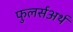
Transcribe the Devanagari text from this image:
फुलर्सअर्थ